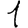
Digit: 1